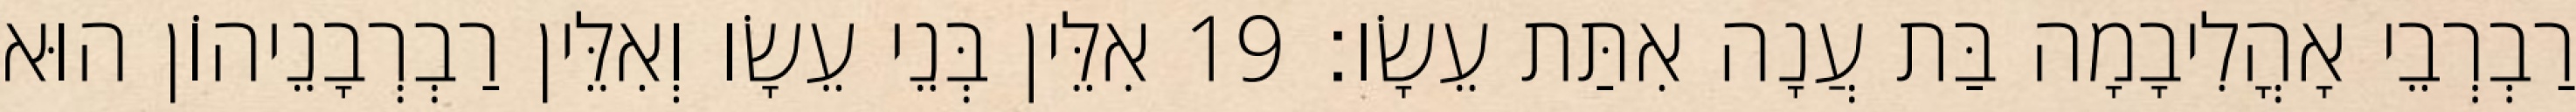
רַבְרְבֵי אָהֳלִיבָמָה בַּת עֲנָה אִתַּת עֵשָׂו׃ 19 אִלֵּין בְּנֵי עֵשָׂו וְאִלֵּין רַבְרְבָנֵיהוֹן הוּא